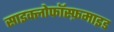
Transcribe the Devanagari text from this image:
साइक्लोफॉस्फ़माइड